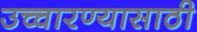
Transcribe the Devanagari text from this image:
उच्चारण्यासाठी